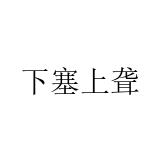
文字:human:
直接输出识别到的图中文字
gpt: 下塞上聋